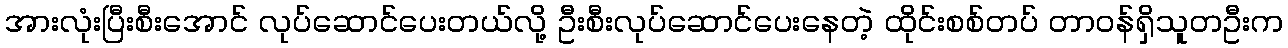
အားလုံးပြီးစီးအောင် လုပ်ဆောင်ပေးတယ်လို့ ဦးစီးလုပ်ဆောင်ပေးနေတဲ့ ထိုင်းစစ်တပ် တာဝန်ရှိသူတဦးက